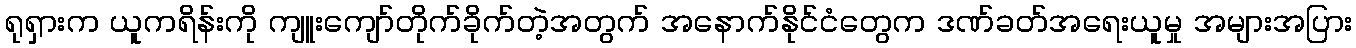
ရုရှားက ယူကရိန်းကို ကျူးကျော်တိုက်ခိုက်တဲ့အတွက် အနောက်နိုင်ငံတွေက ဒဏ်ခတ်အရေးယူမှု အများအပြား